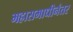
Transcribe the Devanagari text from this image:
महासमाधीनंतर